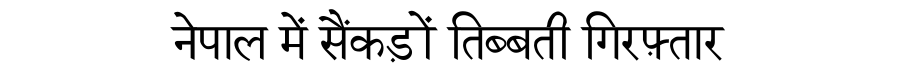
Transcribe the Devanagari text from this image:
नेपाल में सैंकड़ों तिब्बती गिरफ़्तार